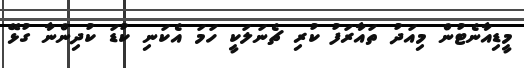
މީޑިއާނެޓުން މިއަދު ތައާރަފު ކުރި ޗެނަލަކީ ހަމަ އެކަނި ކުޑަ ކުދިންނާ ގުޅޭ